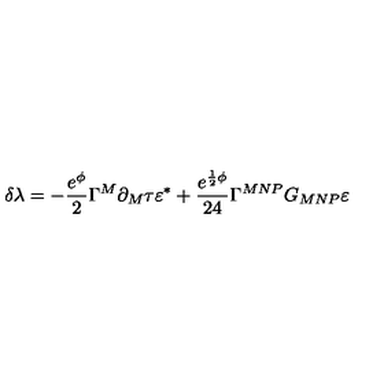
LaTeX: \delta \lambda = - \frac { e ^ { \phi } } { 2 } \Gamma ^ { M } \partial _ { M } \tau \varepsilon ^ { * } + \frac { e ^ { \frac { 1 } { 2 } \phi } } { 2 4 } \Gamma ^ { M N P } G _ { M N P } \varepsilon